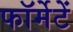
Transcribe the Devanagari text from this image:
फॉर्मेटें